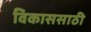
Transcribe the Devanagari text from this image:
विकाससाठी